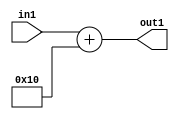
`timescale 1ps / 1ps
/*****************************************************************************
    Verilog RTL Description
    
    
    Created by: Stratus DpOpt 2019.1.01 
*******************************************************************************/

module DC_Filter_Add_12U_127_4 (
	in1,
	out1
	); /* architecture "behavioural" */ 
input [11:0] in1;
output [11:0] out1;
wire [11:0] asc001;

assign asc001 = 
	+(in1)
	+(12'B000000010000);

assign out1 = asc001;
endmodule

/* CADENCE  urj5TQE= : u9/ySgnWtBlWxVPRXgAZ4Og= ** DO NOT EDIT THIS LINE ******/